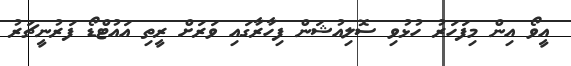
އީވޯ އިން މިފަހަރު ހުޅުވި ސޮލިއުޝަން ފިހާރާގައި ވަރަށް ރީތި އައުޓްޑޯ ފަރުނީޗަރު